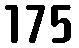
175